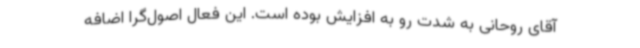
آقای روحانی به شدت رو به افزایش بوده است. این فعال اصول‌گرا اضافه